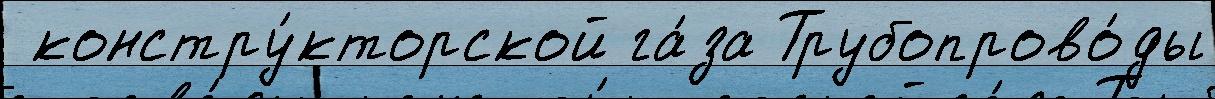
 констру́кторской га́за Трубопрово́ды